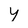
Character: y